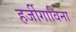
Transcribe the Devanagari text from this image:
हर्जीगाविना